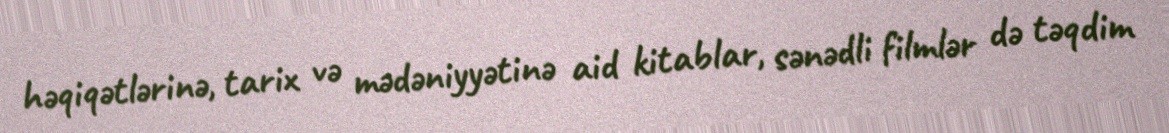
həqiqətlərinə, tarix və mədəniyyətinə aid kitablar, sənədli filmlər də təqdim